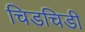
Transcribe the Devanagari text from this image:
चिडचिडी